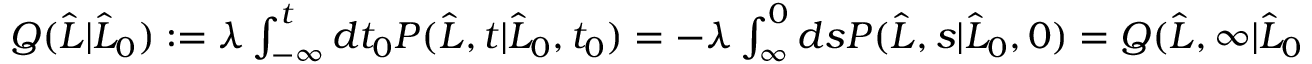
\begin{array} { r } { Q ( \widehat { L } | \widehat { L } _ { 0 } ) : = \lambda \int _ { - \infty } ^ { t } d t _ { 0 } P ( \widehat { L } , t | \widehat { L } _ { 0 } , t _ { 0 } ) = - \lambda \int _ { \infty } ^ { 0 } d s P ( \widehat { L } , s | \widehat { L } _ { 0 } , 0 ) = Q ( \widehat { L } , \infty | \widehat { L } _ { 0 } , 0 ) \ . } \end{array}